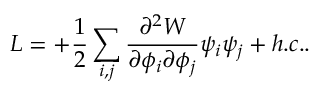
{ \cal { L } } = + \frac { 1 } { 2 } \sum _ { i , j } \frac { \partial ^ { 2 } W } { \partial \phi _ { i } \partial \phi _ { j } } \psi _ { i } \psi _ { j } + h . c . . \nonumber